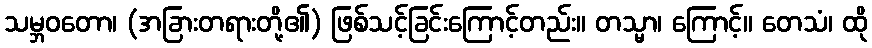
သမ္ဘဝတော၊ (အခြားတရားတို့၏) ဖြစ်သင့်ခြင်းကြောင့်တည်း။ တသ္မာ၊ ကြောင့်။ တေသံ၊ ထို